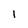
Character: 1